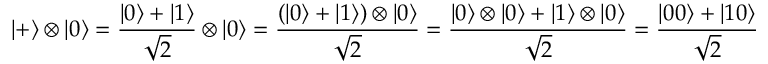
| + \rangle \otimes | 0 \rangle = \frac { | 0 \rangle + | 1 \rangle } { \sqrt { 2 } } \otimes | 0 \rangle = \frac { ( | 0 \rangle + | 1 \rangle ) \otimes | 0 \rangle } { \sqrt { 2 } } = \frac { | 0 \rangle \otimes | 0 \rangle + | 1 \rangle \otimes | 0 \rangle } { \sqrt { 2 } } = \frac { | 0 0 \rangle + | 1 0 \rangle } { \sqrt { 2 } }